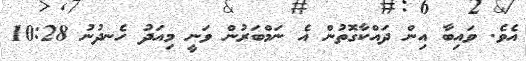
އެވެ. ވައިބާ އިން ދައްކާގޮތުން އެ ނަމްބަރުން ވަނީ މިއަދު ހެނދުނު 10:28